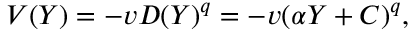
V ( Y ) = - v D ( Y ) ^ { q } = - v ( \alpha Y + C ) ^ { q } ,